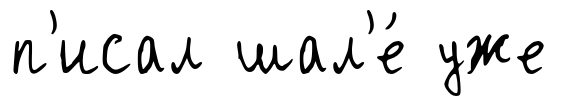
п'исал шал'е́ уже